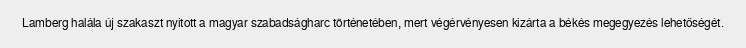
Lamberg halála új szakaszt nyitott a magyar szabadságharc történetében, mert végérvényesen kizárta a békés megegyezés lehetőségét.